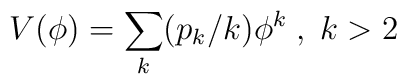
V(\phi) = \sum_k (p_k / k) \phi^k \; , \; k > 2